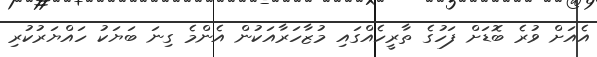
އެއަށް ވުރެ ބޮޑަށް ފަހުގެ ތާރީހެއްގައި މުޒާހަރާއަކުން އެންމެ ގިނަ ބަޔަކު ހައްޔަރުކުރި